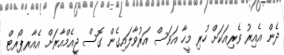
ދެން އެއިރު ވެރިއަކަށް ހުރި މީހާ އަވަސް އަރުވާލައިގެން ގޮސް ޖީއެމްއާރަށް އެއާރޕޯރޓް